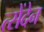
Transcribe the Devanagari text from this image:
त्सेंदेन